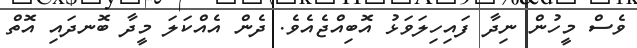
ވެސް މީހުން ނިދާ ފައިހިލަވަޅު އޮބިއްޖެއެވެ. ދެން އެއްކަލަ މީދާ ބޮނދައި އޮތް